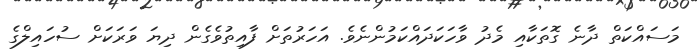
މަސައްކަތް ދާނެ ގޮތަކާއި މެދު ވާހަކަދައްކަމުންނެވެ. އަހަރުތަށް ފާއިތުވެގެން ދިޔަ ވަރަކަށް ސުހައިލްގެ